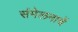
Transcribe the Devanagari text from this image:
संमेलनाचें